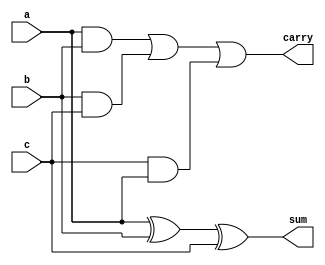
module one_bit_adder (a,b,c,sum,carry);

input a;
input b;
input c;

output sum;
wire sum;
output carry;
wire carry;

assign sum = a^b^c;
assign carry = ((a&b)|(b&c)|(c&a));
    
endmodule